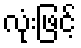
လုံးဖြင့်